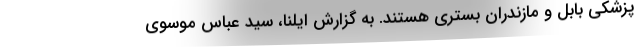
پزشکی بابل و مازندران بستری هستند. به گزارش ایلنا، سید عباس موسوی